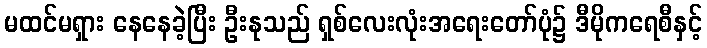
မထင်မရှား နေနေခဲ့ပြီး ဦးနုသည် ရှစ်လေးလုံးအရေးတော်ပုံ၌ ဒီမိုကရေစီနှင့်